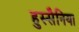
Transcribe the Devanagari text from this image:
हुस्सैनिया